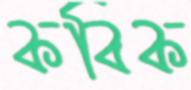
কবিক